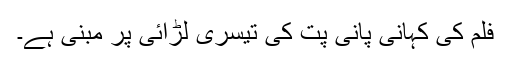
فلم کی کہانی پانی پت کی تیسری لڑائی پر مبنی ہے۔